system: You are a helpful assistant.
user:
Analyze the provided spectrum to determine if it is a **"Cataclysmic Variables (CV)"**.

- **Key Indicators for CV (Check for either state):**
    - **State 1: Quiescent / Low-State (Emission-Dominated)**
        - **(Primary):** Strong and *very broad* Hydrogen Balmer emission lines (e.g., $H\alpha$ at 6563 Å, $H\beta$ at 4861 Å). The 'broadness' (high velocity dispersion, often FWHM > 1000 km/s) is the key diagnostic, indicating a high-velocity accretion disk.
        - **(Secondary):** Broad neutral Helium (He I) emission lines (e.g., 5876 Å, 6678 Å).
        - **(Key Confirmation):** Presence of high-excitation *ionized* Helium (He II) emission at 4686 Å. This is a strong indicator of accretion onto a white dwarf.
        - **(Line Profile):** Emission lines may exhibit a 'double-peaked' profile, which is a classic signature of a rotating accretion disk viewed at high inclination.

    - **State 2: Outburst / High-State (Absorption-Dominated)**
        - **(Primary):** Spectrum is dominated by a bright, blue continuum (looks like a hot star).
        - **(Secondary):** The emission lines from State 1 are weak, absent, or 'filled in', and are replaced by broad, shallow *absorption* lines (primarily Balmer and He I).
        - **(Morphology):** The overall spectrum mimics a hot B/A-type star. The crucial difference is that the absorption lines are significantly broader, shallower, and more 'washed-out' (or 'smeared') than the sharp lines of a normal stellar photosphere, due to high rotational speeds and pressure broadening in the disk.

Think first, call **spectral_visualization_tool** if needed to examine features in detail, then provide your final answer. Your response must adhere to the following strict rules:
1.  **Overall Structure:** Your response must follow the format `<think>...</think> <tool_call>...</tool_call> (if a tool is used) <answer>...</answer>`.
2.  **Tool Usage Constraint:** You may only make **one** tool call per turn.
3.  **Final Answer Format:** In the `<answer>` tag, your conclusion must be inside a `\boxed{}` command (e.g., `\boxed{YES}`), followed by your justification.

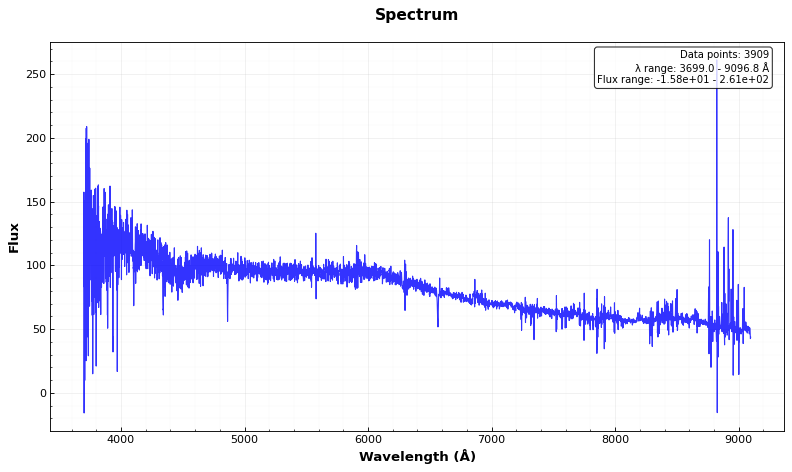
Answer: NO